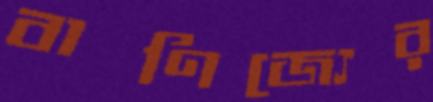
বাণিজ্যের